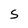
Character: S